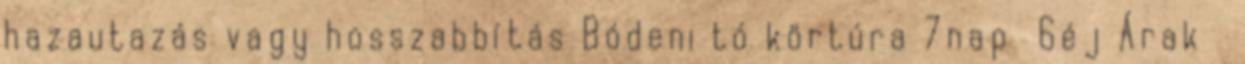
hazautazás vagy hosszabbítás Bódeni tó körtúra 7nap 6éj Árak